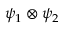
\psi _ { 1 } \otimes \psi _ { 2 }